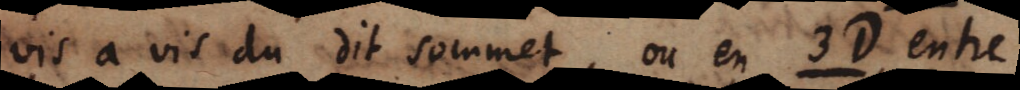
vis a vis du dit sommet, ou en 3D entre